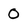
Character: 0